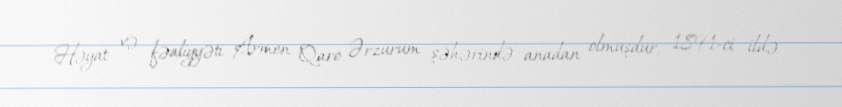
Həyat və fəaliyyəti Armen Qaro Ərzurum şəhərində anadan olmuşdur, 1891-ci ildə